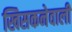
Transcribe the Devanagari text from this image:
खिसकनेवाली